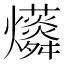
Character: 𱬭